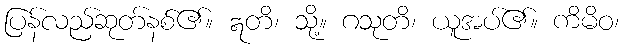
ပြန်လည်ဆုတ်နစ်၏။ ဣတိ၊ သို့။ ဂသုတိ၊ ယူအပ်၏။ ကိမိဝ၊